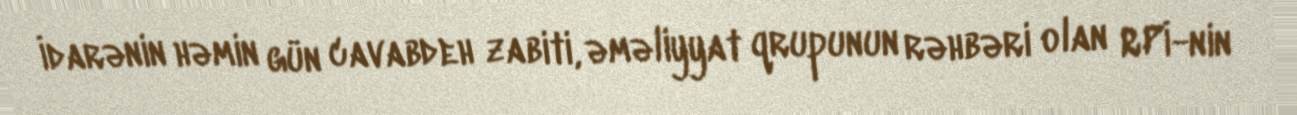
İdarənin həmin gün cavabdeh zabiti, əməliyyat qrupunun rəhbəri olan RPİ-nin